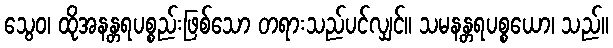
သွေဝ၊ ထိုအနန္တရပစ္စည်းဖြစ်သော တရားသည်ပင်လျှင်။ သမနန္တရပစ္စယော၊ သည်။